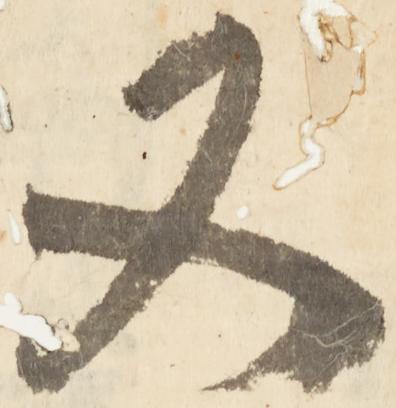
又